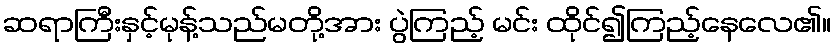
ဆရာကြီးနှင့်မုန့်သည်မတို့အား ပွဲကြည့် မင်း ထိုင်၍ကြည့်နေလေ၏။